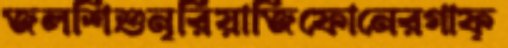
জলশিশুনূরিয়াজিফোনেরগাফ্